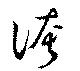
誇